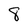
Character: 8